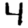
Digit: 4